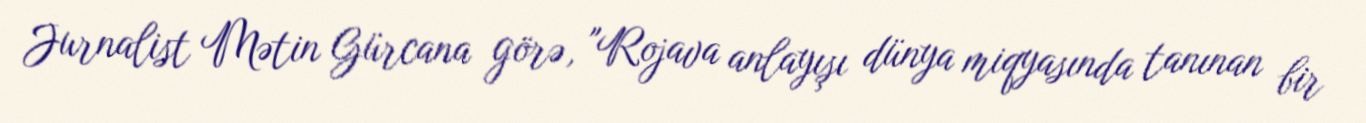
Jurnalist Mətin Gürcana görə, "Rojava anlayışı dünya miqyasında tanınan bir